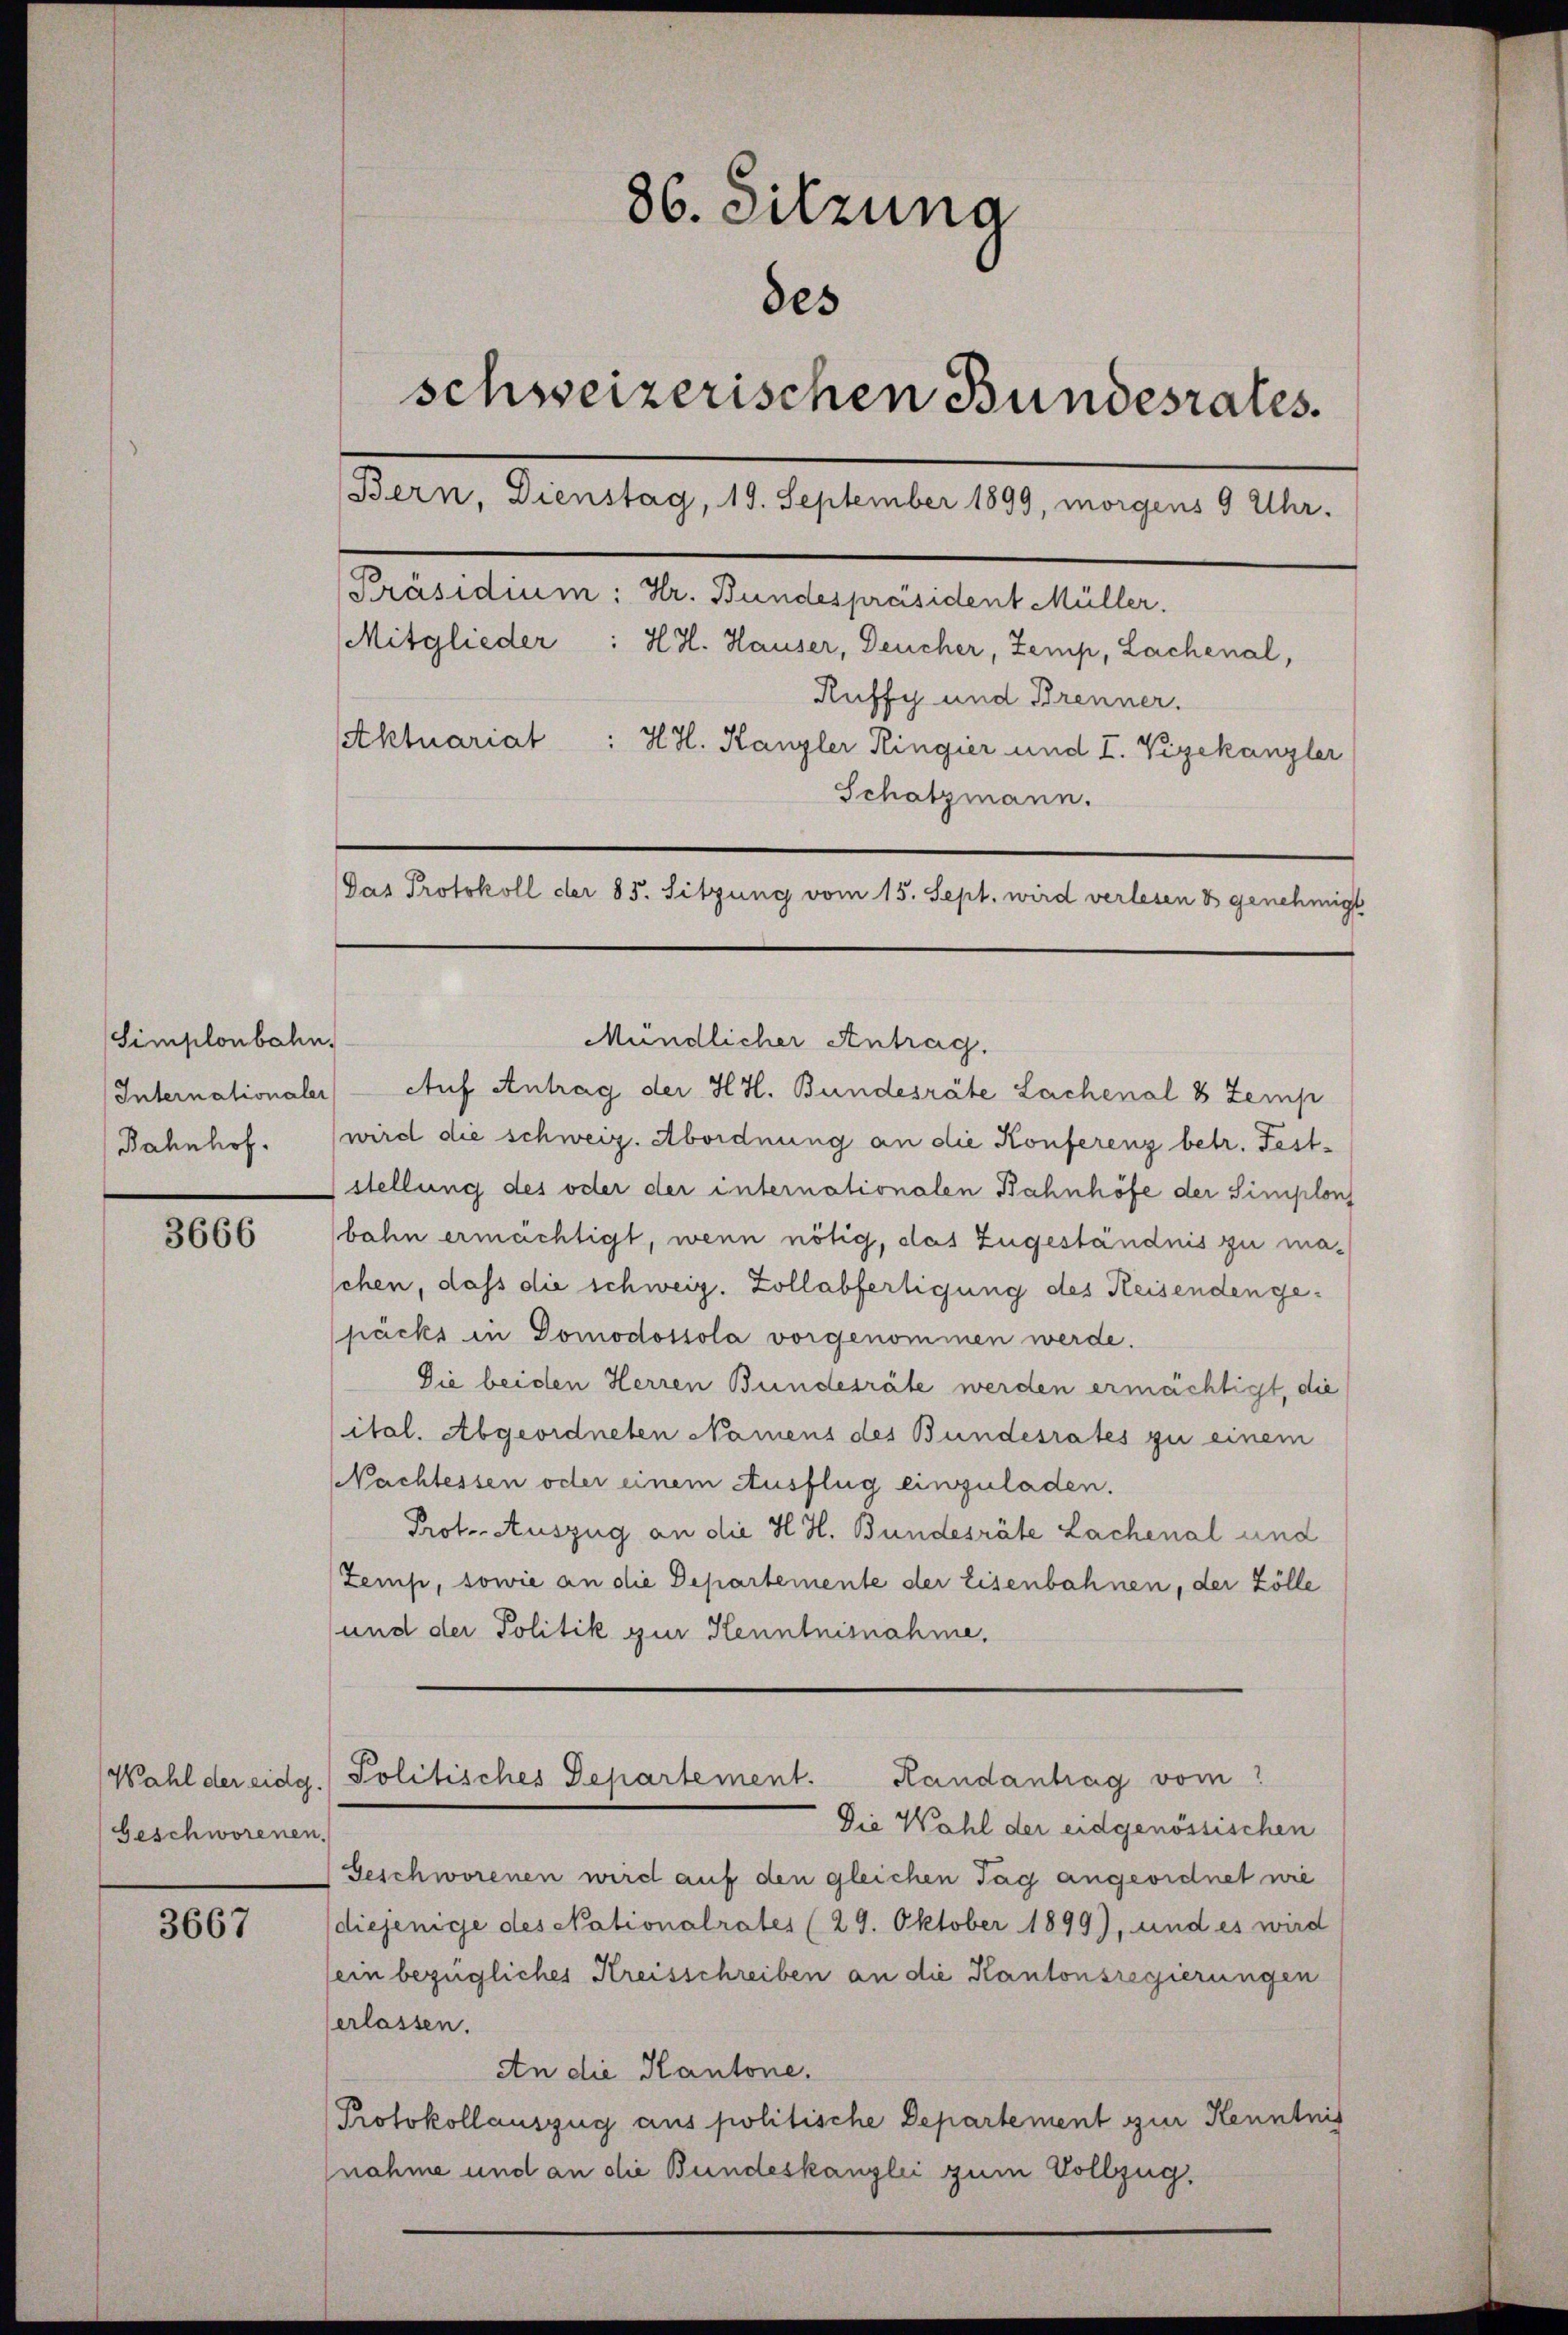
Simplonbahn
Internationaler
Bahnhof.

3666

Wahl der eidg.
Geschworenen.

3667

86. Sitzuna
des
schweizerischen Bundesrates.
Bern, Dienstag, 19. September 1899, morgens 9 Uhr.
Präsidium: Hr. Bundespräsident Müller.
Mitglieder : HH. Hauser, Deucher, Zemp, Lachenal,
Ruffy und Brenner.
Aktuariat : H.H. Kanzler Ringier und I. Vizekanzler
Schatzmann.
Pas Protokoll der 85. Sitzung vom 15. Sept. wird verlesen & genehmigt

Auf Antrag der H. H. Bundesräte Lachenal 8 Zemp
wird die schweiz. Abordnung an die Konferenz betr. Feststellung des oder der internationalen Bahnhöfe der Simplons
bahn ermächtigt, wenn nötig, das Zugeständnis zu maschen, dass die schweiz. Zollabfertigung des Reisenden gepäcks in Domodossola vorgenommen werde.
Die beiden Herren Bundesräte werden ermächtigt, die
ital. Abgeordneten Namens des Bundesrates zu einem
Nachtessen oder einem Ausflug einzuladen.
Prot. Auszug an die H. H. Bundesräte Lachenal und
Zemp, sowie an die Departemente der Eisenbahnen, der Zölle
und der Politik zur Kenntnisnahme,

Mündlicher Antrag.

Politisches Departement.
Handantrag vom

Die Wahl der eidgenössischen
Geschworenen wird auf den gleichen Tag angeordnet wie
diejenige des Nationalrates (29. Oktober 1899), und es wird
sein bezügliches Kreisschreiben an die Kantonsregierungen
erlassen.
An die Kantone,
Protokollauszug aus politische Departement zur Kenntnis
nahme und an die Bundeskanzlei zum Vollzug.